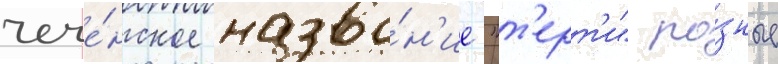
чече́нское назва́н'ие "т'ерт'и" ра́зные